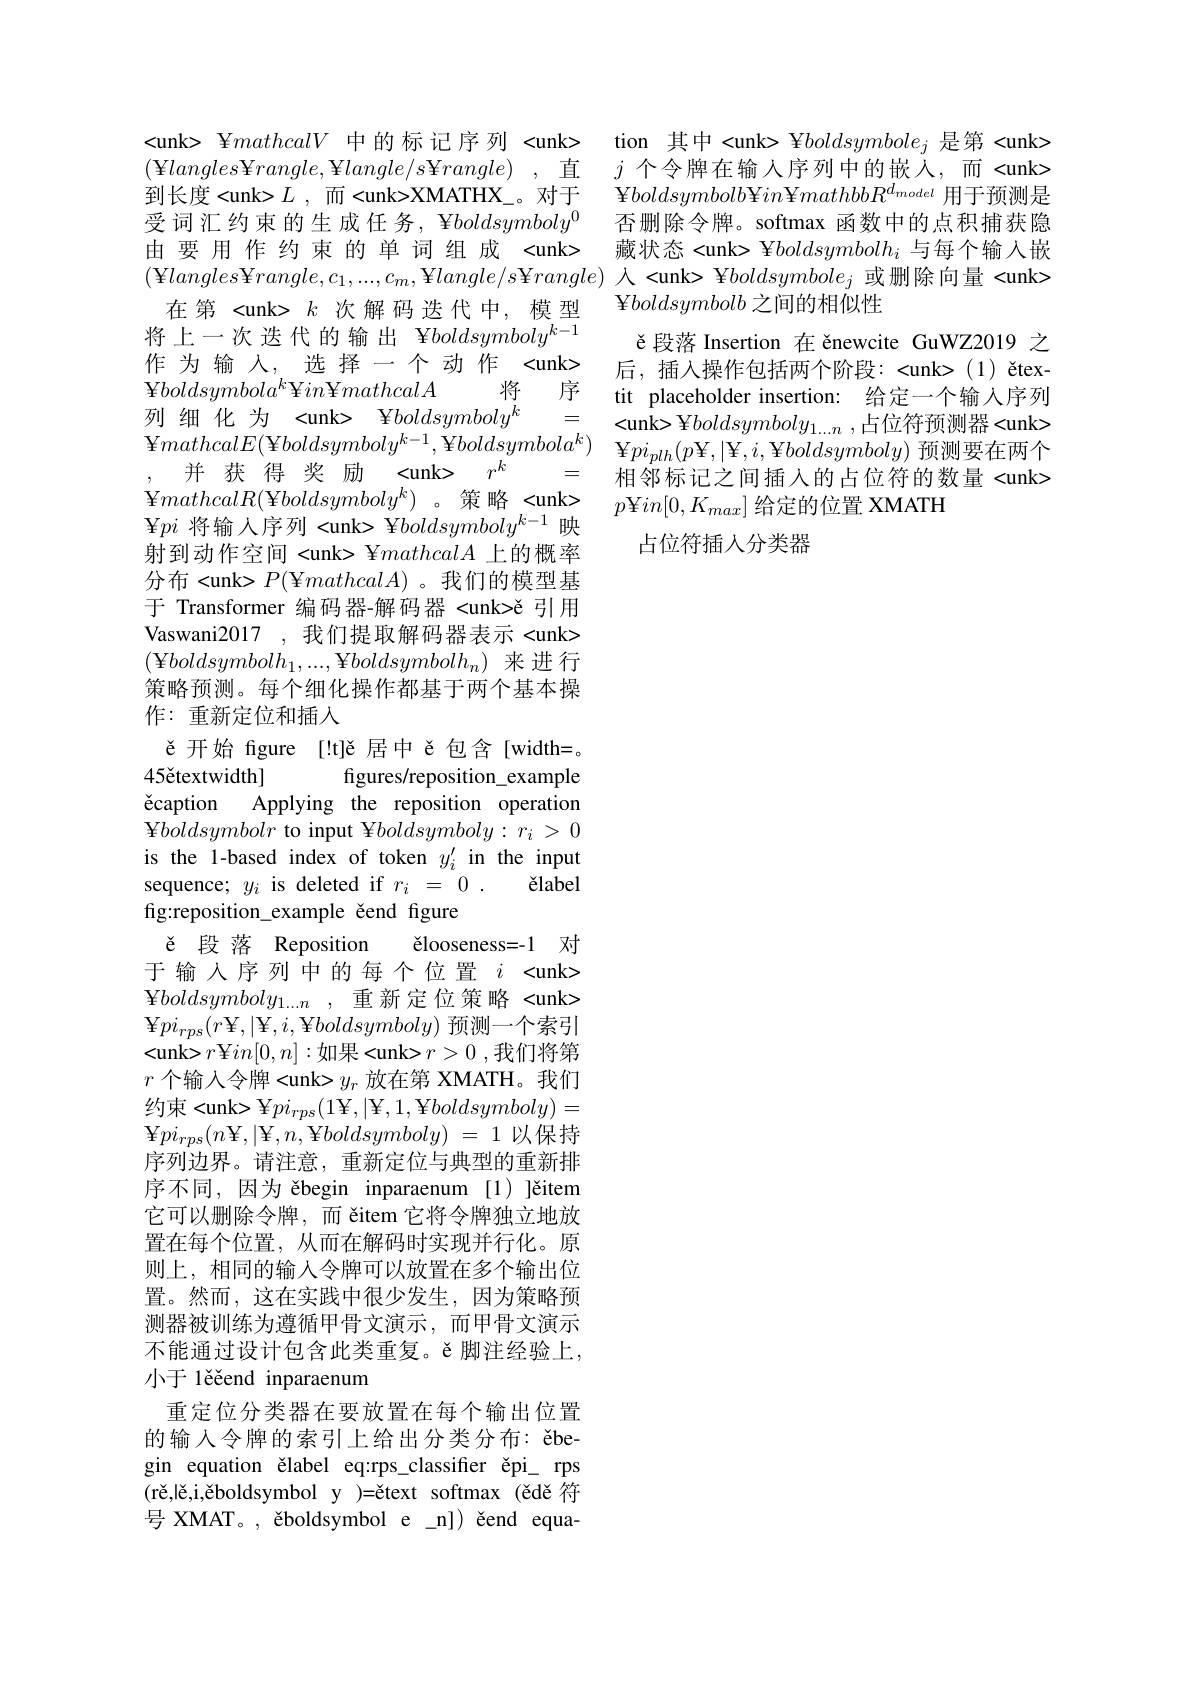
将上一次迭代的输出 ¥$boldsymboly^k-1$ $\mathbf{Y}boldsymbola^{k}\mathbf{Y}in\mathbf{Y}mathcalA$ 将 序列 细 化为 <unk> ¥boldsymboly'
=
并 获 得 奖 励 <unk> $r^k$
=
${\mathbf{Y} }mathcalR( {\mathbf{Y} }boldsymboly^{k})$ 。策略<unk> $¥pi$将输入序列 <unk> ¥$boldsymboly^k-1$映射到动作空间<unk> $\Psi mathcalA$上的概率分布 <unk> $P($¥$mathcalA)$ 。我们的模型基于 Transformer 编码器-解码器 <unk>č 引用Vaswani2017 ,我们提取解码器表示 <unk> $({\mathbf{Y}}boldsymbolh_{1},...,{\mathbf{Y}}boldsymbolh_{n})$来进行策略预测。每个细化操作都基于两个基本操作：重新定位和插入
ě开始 figure [!t]ě 居中ě包含[width=。
figures/reposition\_example
45čtextwidth]
čcaption Applying the reposition operation $\mathbf{Y}boldsymbolr$ to input ¥$boldsymboly:r_i>0$ is the 1-based index of token $y_i^{\prime}$ in the input
$\breve{e}label$
sequence; $y_i$ is deleted if $r_i=0.$
fig:reposition\_example čend figure
ě 段 落 Reposition ělooseness=-1 对于输入序列中的每个位置$i<$unk> $\Psi boldsymboly_{1\ldots n}$ , 重新定位策略〈unk> $\Psi pi_{rps}(r\Psi,|\Psi,i,\Psi boldsymboly)$预测一个索引<unk>$r$¥$in[0,n]:$如果<unk>$r>0$,我们将第$r$个输入令牌<unk>$y_r$放在第 XMATH。我们${\text{约束<unk> }}\Psi pi_{rps}(1\Psi,|\Psi,1,\Psi boldsymboly)=$ $\Psi pi_{rps}(n$¥,|¥$,n$,¥$boldsymboly)=1$以保持序列边界。请注意，重新定位与典型的重新排序不同，因为 ěbegin inparaenum [1) ]ěitem 它可以删除令牌，而 ěitem 它将令牌独立地放置在每个位置，从而在解码时实现并行化。原则上，相同的输入令牌可以放置在多个输出位置。然而，这在实践中很少发生，因为策略预测器被训练为遵循甲骨文演示，而甲骨文演示不能通过设计包含此类重复。ě脚注经验上， 小于 1ěěend inparaenum
重定位分类器在要放置在每个输出位置的输入令牌的索引上给出分类分布：ěbegin equation ělabel eq:rps\_classifer ěpi\_ rps $( \text{r\v {e}, l\v {e}, i, \v {e}boldsymboly}) =$ětext softmax(ědě 符号 XMAT。, ěboldsymbol e\_n])ěend equa-

<unk> YmathcalV中的标记序列 <unk> tion 其中<unk> ¥$boldsymbole_j$是第<unk> (¥langles¥$rangle$,¥$langle/s$¥$rangle)$ , 直 $j$ 个令牌在输入序列中的嵌人，而<unk> 到长度<unk>$L$ , 而<unk>XMATHX\_。对于 ¥boldsymbolbY$in$¥$mathbbR^{d_{model}}$用于预测是受词汇约束的生成任务，¥$boldsymboly^0$否删除令牌。softmax 函数中的点积捕获隐由要用作约束的单词组成<unk> 藏状态<unk> ¥$boldsymbolh_i$与每个输入嵌(¥langles¥$rangle,c_1,...,c_m$,¥$langle/s$¥$rangle)$入<unk> ¥$boldsymbole_j$或删除向量<unk>
在第<unk> $k$次解码迭代中，模型$\Psi boldsymbolb$之间的相似性
ě段落 Insertion 在 ěnewcite GuWZ2019 之
作 为输 人，选 择一个动 作 <unk> 后，插入操作包括两个阶段：<unk> (1) ětex-
tit placeholder insertion: 给定一个输人序列<unk> Y$boldsymboly_{1. . . n}$ ,占位符预测器<unk>
$\Psi mathcalE( \Psi boldsymboly^{k- 1}, \Psi boldsymbola^{k})$ $\Psi pi_{plh}( p\Psi , | \Psi , i, \Psi boldsymboly)$预测要在两个
相邻标记之间插入的占位符的数量<unk>
$p\Psi in[0,K_{max}]$给定的位置 XMATH
占位符插人分类器